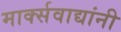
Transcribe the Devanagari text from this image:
मार्क्‍सवाद्यांनी